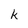
Character: k